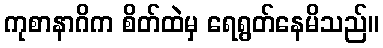
ကုစာနာဂိက စိတ်ထဲမှ ရေရွတ်နေမိသည်။